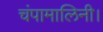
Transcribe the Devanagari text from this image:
चंपामालिनी।